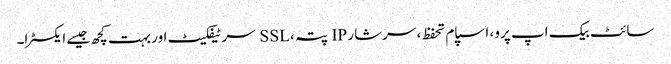
سائٹ بیک اپ پرو ، اسپام تحفظ ، سرشار IP پتہ ، SSL سرٹیفکیٹ اور بہت کچھ جیسے ایکسٹرا۔